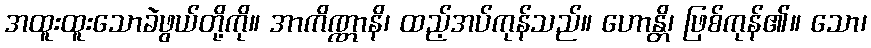
အထူးထူးသောခဲဖွယ်တို့ကို။ အာကိဏ္ဏာနိ၊ ထည့်အပ်ကုန်သည်။ ဟောန္တိ၊ ဖြစ်ကုန်၏။ သော၊